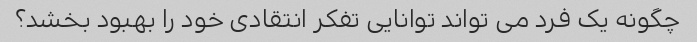
چگونه یک فرد می تواند توانایی تفکر انتقادی خود را بهبود بخشد؟